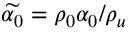
\widetilde { \alpha _ { 0 } } = \rho _ { 0 } \alpha _ { 0 } / \rho _ { u }